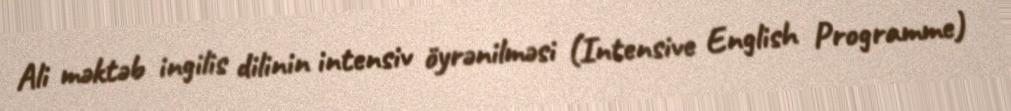
Ali məktəb ingilis dilinin intensiv öyrənilməsi (Intensive English Programme)